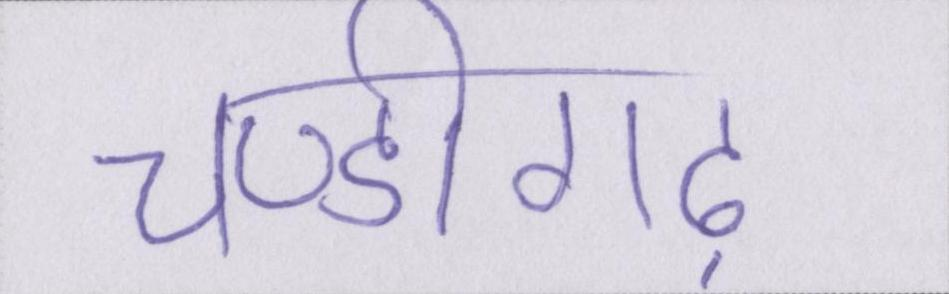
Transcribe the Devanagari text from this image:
चण्डीगढ़